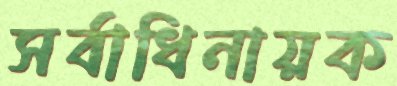
সর্বাধিনায়ক